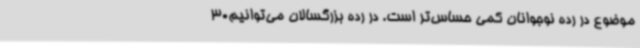
موضوع در رده نوجوانان کمی حساس‌تر است. در رده بزرگسالان می‌توانیم30